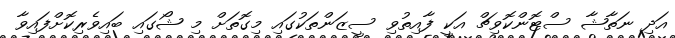
އަދި ނަތާޝާ ސްޓޮންކޮވިޗް އަކީ ފާއިތުވި ސީޒަންތަކުގައި މިގޮތަށް މި ޝޯގައި ބައިވެރިކޮށްފައިވާ